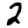
Digit: 2